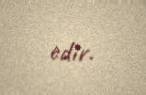
edir.